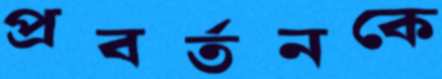
প্রবর্তনকে